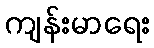
ကျန်းမာရေး